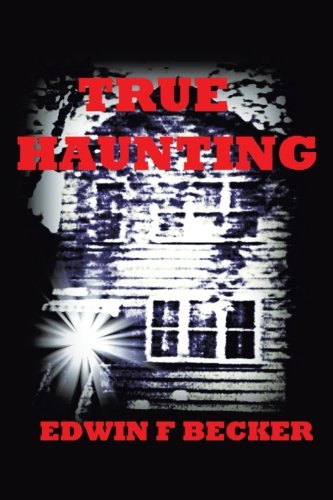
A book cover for True Haunting; Edwin F. Becker; Religion & Spirituality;